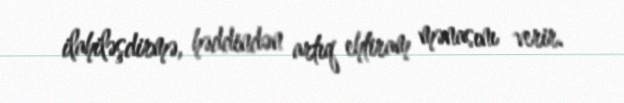
ilahiləşdirmə, həddindən artıq ehtiram mənasını verir.